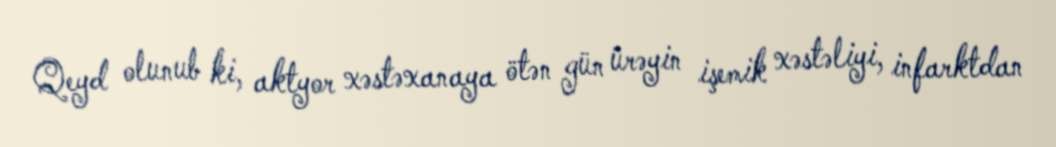
Qeyd olunub ki, aktyor xəstəxanaya ötən gün ürəyin işemik xəstəliyi, infarktdan